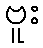
ဗူး